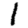
Digit: 1